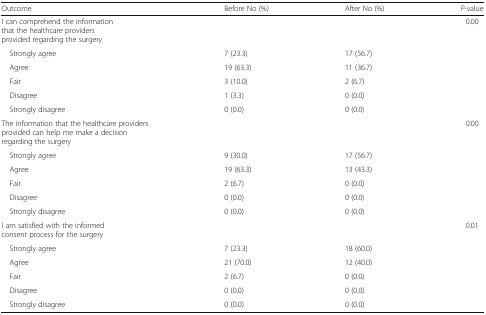
| Outcome | Before No (%) | After No (%) | P-value |
 | --- | --- | --- | --- |
 | I can comprehend the information that the healthcare providers provided regarding the surgery |  |  | 0.00 |
 | Strongly agree | 7 (23.3) | 17 (56.7) |  |
 | Agree | 19 (63.3) | 11 (36.7) |  |
 | Fair | 3 (10.0) | 2 (6.7) |  |
 | Disagree | 1 (3.3) | 0 (0.0) |  |
 | Strongly disagree | 0 (0.0) | 0 (0.0) |  |
 | The information that the healthcare providers provided can help me make a decision regarding the surgery |  |  | 0.00 |
 | Strongly agree | 9 (30.0) | 17 (56.7) |  |
 | Agree | 19 (63.3) | 13 (43.3) |  |
 | Fair | 2 (6.7) | 0 (0.0) |  |
 | Disagree | 0 (0.0) | 0 (0.0) |  |
 | Strongly disagree | 0 (0.0) | 0 (0.0) |  |
 | I am satisfied with the informed consent process for the surgery |  |  | 0.01 |
 | Strongly agree | 7 (23.3) | 18 (60.0) |  |
 | Agree | 21 (70.0) | 12 (40.0) |  |
 | Fair | 2 (6.7) | 0 (0.0) |  |
 | Disagree | 0 (0.0) | 0 (0.0) |  |
 | Strongly disagree | 0 (0.0) | 0 (0.0) |  |